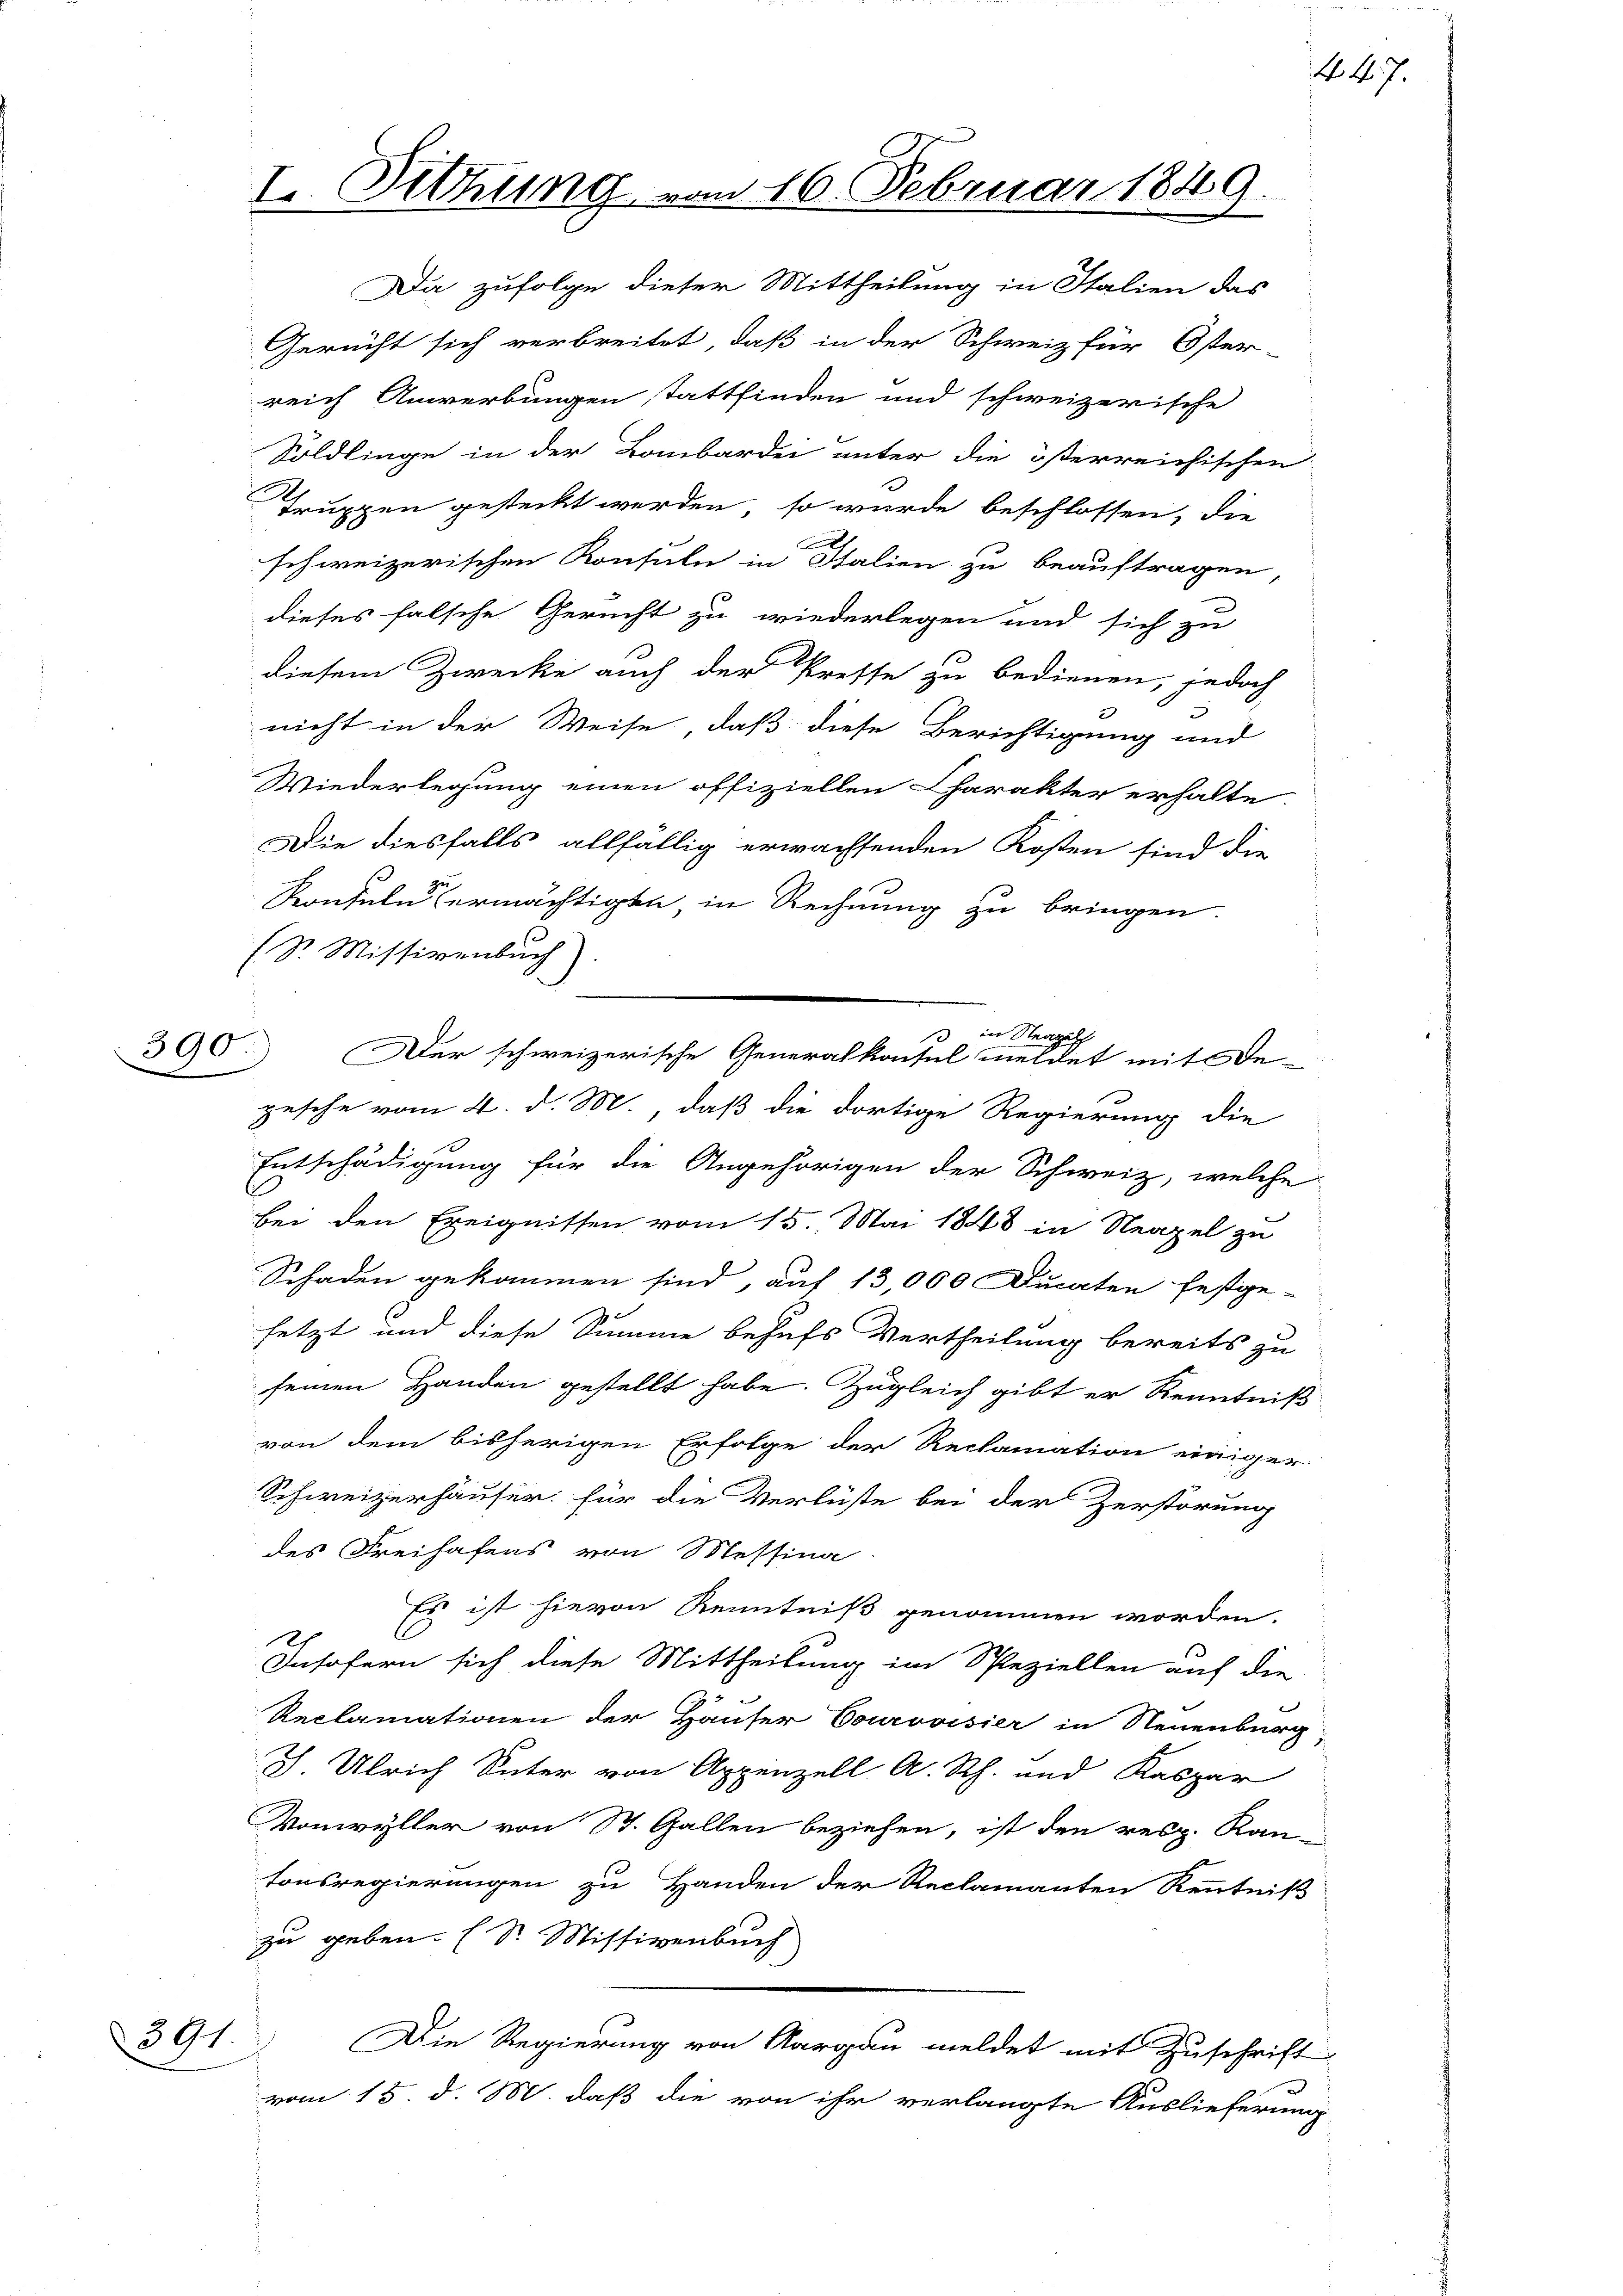
390.

Da zufolge dieser Mittheilung in Italien das
Gericht sich verbreitet, daß in der Schweiz für Öster-
reich Anwerbungen stattfinden und schweizerische
Söldlinge in der Bombardei unter die österreichischen
Truppen gesteckt werden, so wurde beschlossen, die
i
schweizerischen Konsuln in Stalien zu beauftragen,
dieses falsche Gericht zu wiederlegen und sich zu
diesem Zwecke auch der Presse zu bedienen, jedoch
nicht in der Weise, daß diese Berichtigung und
Wiederlegung einen offiziellen Charakter erhalte
Die diesfalls allfällig erwachsenden Kosten sind die
Zei
Konfeln ermächtigte, in Rechnung zu bringen.
(Sr. Missivenbuch
Der schweizerische Generalkonsul meldet mit De-
pesche vom 4. d. M. daß die dortige Regierung die
Entschädigung für die Angehörigen der Schweiz, welche
bei den Ereignissen vom 15. Mai 1848 in Neapel zu
Schaden gekommen sind, auf 13,000 Ducaten festge-
 x
E
setzt und diese Summe behufs Vertheilung bereits zu
seinen Handen gestellt habe. Zugleich gibt er Kenntniß
von dem bisherigen Erfolge der Reclamation einiger
Schweizerhäuser für die Verlüste bei der Zerstörung
des Freihafens von Messina
Es ist hievon Renntniß genommen worden.
Insofern sich diese Mittheilung im Speziellen auf die
Reclamationen der Hauser Courovisier in Neuenburg
J. Ulrich Suter von Appenzell A. Rh. und Kaspar
Vonwyller von St. Gallen beziehen, ist den resp. Rautonsregierungen zu Handen der Reclamanten Kenntniß
zu geben. (S. Missivenbuch
Die Regierung von Aargau meldet mit Zuschrift
vom 15. d. M. daß die von ihr verlangte Auslieferung

2391.

I Sitzung vom 16. Februar 1849.

in Neapel

44. 7.